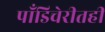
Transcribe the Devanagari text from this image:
पाँडिचेरीतही